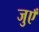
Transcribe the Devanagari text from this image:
जुएँ